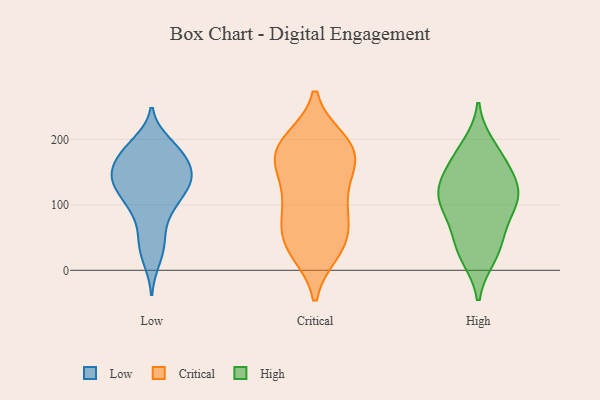
{"axis": {"x": "Energy Usage (MWh)", "y": "Value"}, "legend": ["Critical", "High", "Low"], "data": [{"x": "", "y": 138, "type": "Low"}, {"x": "", "y": 131, "type": "Low"}, {"x": "", "y": 182, "type": "Low"}, {"x": "", "y": 92, "type": "Low"}, {"x": "", "y": 130, "type": "Low"}, {"x": "", "y": 177, "type": "Low"}, {"x": "", "y": 99, "type": "Low"}, {"x": "", "y": 137, "type": "Low"}, {"x": "", "y": 195, "type": "Low"}, {"x": "", "y": 41, "type": "Low"}, {"x": "", "y": 188, "type": "Low"}, {"x": "", "y": 50, "type": "Low"}, {"x": "", "y": 156, "type": "Low"}, {"x": "", "y": 130, "type": "Low"}, {"x": "", "y": 98, "type": "Low"}, {"x": "", "y": 157, "type": "Low"}, {"x": "", "y": 15, "type": "Low"}, {"x": "", "y": 158, "type": "Low"}, {"x": "", "y": 137, "type": "Critical"}, {"x": "", "y": 189, "type": "Critical"}, {"x": "", "y": 106, "type": "Critical"}, {"x": "", "y": 101, "type": "Critical"}, {"x": "", "y": 49, "type": "Critical"}, {"x": "", "y": 65, "type": "Critical"}, {"x": "", "y": 42, "type": "Critical"}, {"x": "", "y": 30, "type": "Critical"}, {"x": "", "y": 191, "type": "Critical"}, {"x": "", "y": 197, "type": "Critical"}, {"x": "", "y": 171, "type": "Critical"}, {"x": "", "y": 32, "type": "Critical"}, {"x": "", "y": 163, "type": "Critical"}, {"x": "", "y": 90, "type": "Critical"}, {"x": "", "y": 188, "type": "Critical"}, {"x": "", "y": 164, "type": "Critical"}, {"x": "", "y": 112, "type": "High"}, {"x": "", "y": 118, "type": "High"}, {"x": "", "y": 119, "type": "High"}, {"x": "", "y": 154, "type": "High"}, {"x": "", "y": 189, "type": "High"}, {"x": "", "y": 155, "type": "High"}, {"x": "", "y": 113, "type": "High"}, {"x": "", "y": 176, "type": "High"}, {"x": "", "y": 44, "type": "High"}, {"x": "", "y": 25, "type": "High"}, {"x": "", "y": 21, "type": "High"}, {"x": "", "y": 66, "type": "High"}, {"x": "", "y": 83, "type": "High"}, {"x": "", "y": 113, "type": "High"}]}